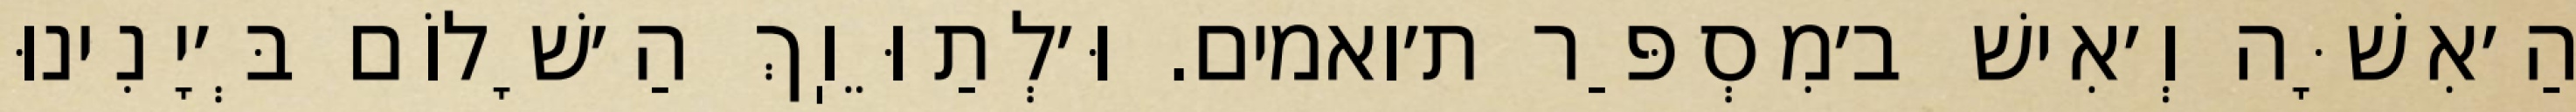
הַ׳אִשָּׁה וְ׳אִישׁ ב׳מִסְפַּר ת׳ואמים. וּ׳לְתַוֵּוֽךְ הַ׳שָׁלוֹם בְּ׳יָנִינוּ